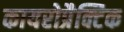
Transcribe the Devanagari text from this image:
कायरोप्रैक्टिक